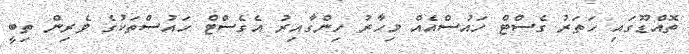
ތޮއްޑޫގައި ހަތަރު ގެސްޓް ހައުސްއެއް މިހާރު ހިންގާއިރު އެގެސްޓް ހައުސްތަކުގެ ވެރިން ތިބީ